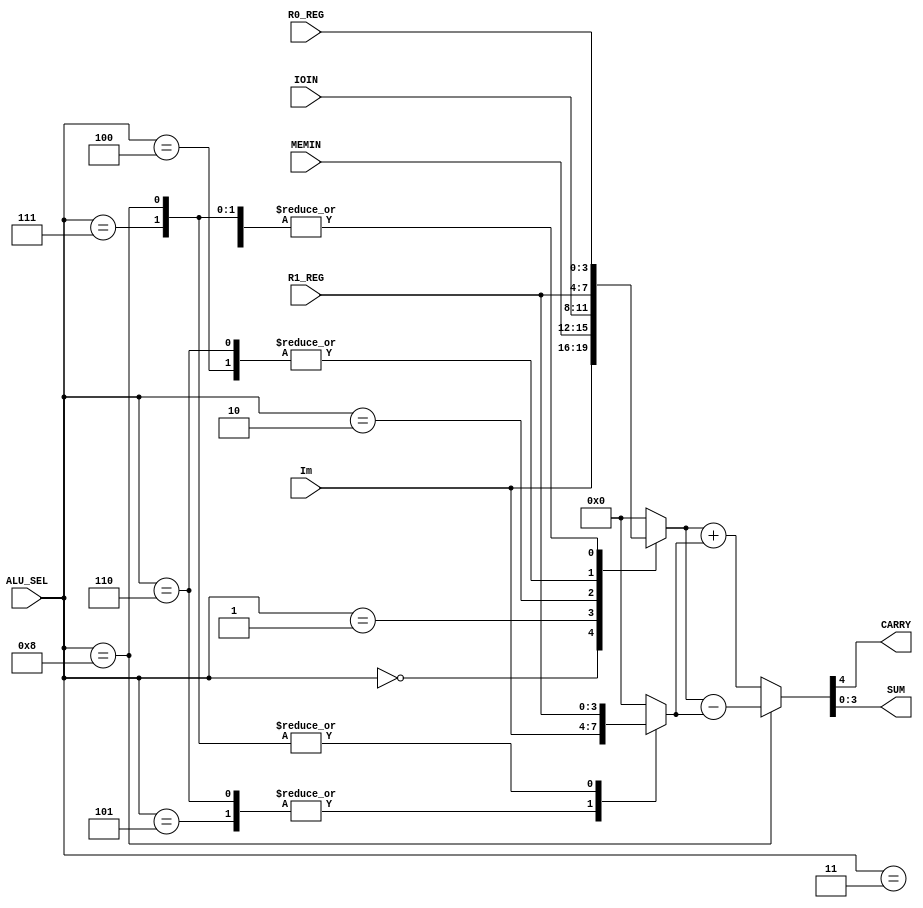
/*-------------------------------------------------------------------
--      File Name = alu_blk.v                                      --
--                                                                 --
--      Design    = ALU Block                                      --
--                                                                 --
--  Ver  1.0         Date: 2011.6.15                               --
--  Ver  3.0         Date: 2015.11.22                              --
--  Ver  4.0         Date: 2016.05.09                              --
--  Ver  4.1         Date: 2020.11.09                              --
--                                                                 --
--  Copyright (C) 2011-2020                                        --
--      MITSUBISHI ELECTRIC                                        --
--                     MICRO-COMPUTER APPLICATION SOFTWARE         --
--                     COMPANY LIMITED                             --
--                     All Rights Reserved.                        --
---------------------------------------------------------------------*/

module alu_blk(
//input
      R0_REG,
      R1_REG,
      Im,
      IOIN,
      MEMIN,
      ALU_SEL,

//output
      CARRY,
      SUM
);

//--- input --------------------------------------------------------------------
input  [3:0] R0_REG,R1_REG;           // R0_REG,R1_REG
input  [3:0] Im;                      // Immediate value
input  [3:0] IOIN;                    // I/O Input
input  [3:0] MEMIN;                   // Memory Read Data
input  [3:0] ALU_SEL;                 // ALU SELCT

//--- output -------------------------------------------------------------------
output       CARRY;                   // CARRYOUT out
output [3:0] SUM;                     // SUM out

//--- reg ----------------------------------------------------------------------
reg    [3:0] ALU_Q0,ALU_Q1;           // ALU Q0,Q1
reg    [4:0] ALU_SUM;                 // ALU SUM

//--- wrire ----------------------------------------------------------------------
wire   [3:0] SUM;                     // ALU INPUT,OUTPUT
wire         CARRY;                   // ALU CARRY OUT


//****************************** Start of Module ******************************


//---------------------------
//  ALU_SEL
//---------------------------
always @( ALU_SEL or R0_REG or R1_REG or Im or IOIN or MEMIN ) begin
    case( ALU_SEL )
        4'h0:begin
            ALU_Q0 <= Im;
            ALU_Q1 <= 4'h0;
        end
        4'h1:begin
            ALU_Q0 <= MEMIN;
            ALU_Q1 <= 4'h0;
        end
        4'h2:begin
            ALU_Q0 <= IOIN;
            ALU_Q1 <= 4'h0;
        end
        4'h3:begin
            ALU_Q0 <= R0_REG;
            ALU_Q1 <= 4'h0;
        end
        4'h4:begin
            ALU_Q0 <= R1_REG;
            ALU_Q1 <= 4'h0;
        end
        4'h5:begin
            ALU_Q0 <= R0_REG;
            ALU_Q1 <= Im;
        end
        4'h6:begin
            ALU_Q0 <= R1_REG;
            ALU_Q1 <= Im;
        end
        4'h7:begin
            ALU_Q0 <= R0_REG;
            ALU_Q1 <= R1_REG;
        end

        4'h8:begin                   //V3.0
            ALU_Q0 <= R0_REG;
            ALU_Q1 <= R1_REG;
        end

        default:begin
            ALU_Q0 <= 4'h0;
            ALU_Q1 <= 4'h0;
        end
        endcase
    end

//---------------------------
//  ADDITIONAL
//---------------------------
always @( ALU_Q0 or ALU_Q1 or ALU_SEL )
     if( ALU_SEL == 4'h8)   //V3.0
       begin
         ALU_SUM <= {1'b0,ALU_Q0} - {1'b0,ALU_Q1}; 
       end
     else  begin
         ALU_SUM <= {1'b0,ALU_Q0} + {1'b0,ALU_Q1};
     end


assign CARRY = ALU_SUM[4];
assign SUM   = ALU_SUM[3:0];


endmodule